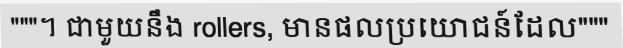
"""។ ជាមួយនឹង rollers, មានផលប្រយោជន៍ដែល"""